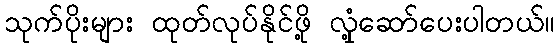
သုက်ပိုးများ ထုတ်လုပ်နိုင်ဖို့ လှုံ့ဆော်ပေးပါတယ်။